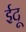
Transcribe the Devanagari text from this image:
ईदू